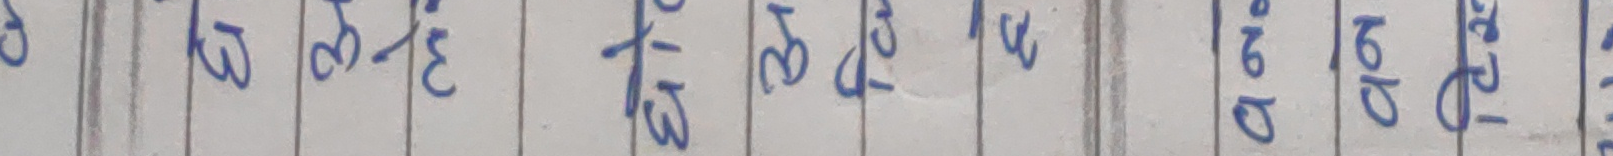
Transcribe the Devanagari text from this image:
लने है ते डेन वे कुत्स्वेर दे